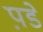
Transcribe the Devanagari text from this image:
प़डे